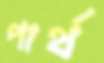
পার্থ